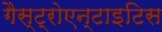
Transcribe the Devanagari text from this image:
गैस्ट्रोएन्टाइटिस